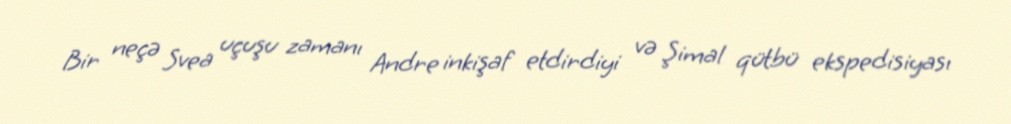
Bir neçə Svea uçuşu zamanı Andre inkişaf etdirdiyi və Şimal qütbü ekspedisiyası